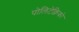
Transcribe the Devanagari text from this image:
पोलिटेक्निको